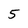
Character: 5